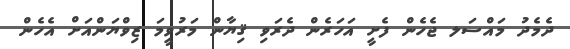
ދެމެދު މައްސަލ ޖެހެން ފެށީ އަހަރެން ދެރަވި ޤިޔާން މަރުވީމަ ޒިވްޔަންއަށް އެހެން